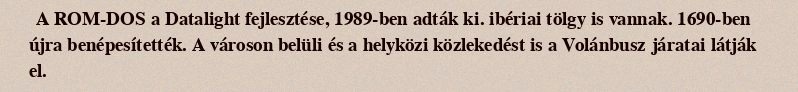
A ROM-DOS a Datalight fejlesztése, 1989-ben adták ki. ibériai tölgy is vannak. 1690-ben újra benépesítették. A városon belüli és a helyközi közlekedést is a Volánbusz járatai látják el.